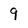
Character: 9